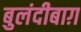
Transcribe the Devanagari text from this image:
बुलंदीबाग़